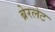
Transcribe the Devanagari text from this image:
ब्रेरलेट